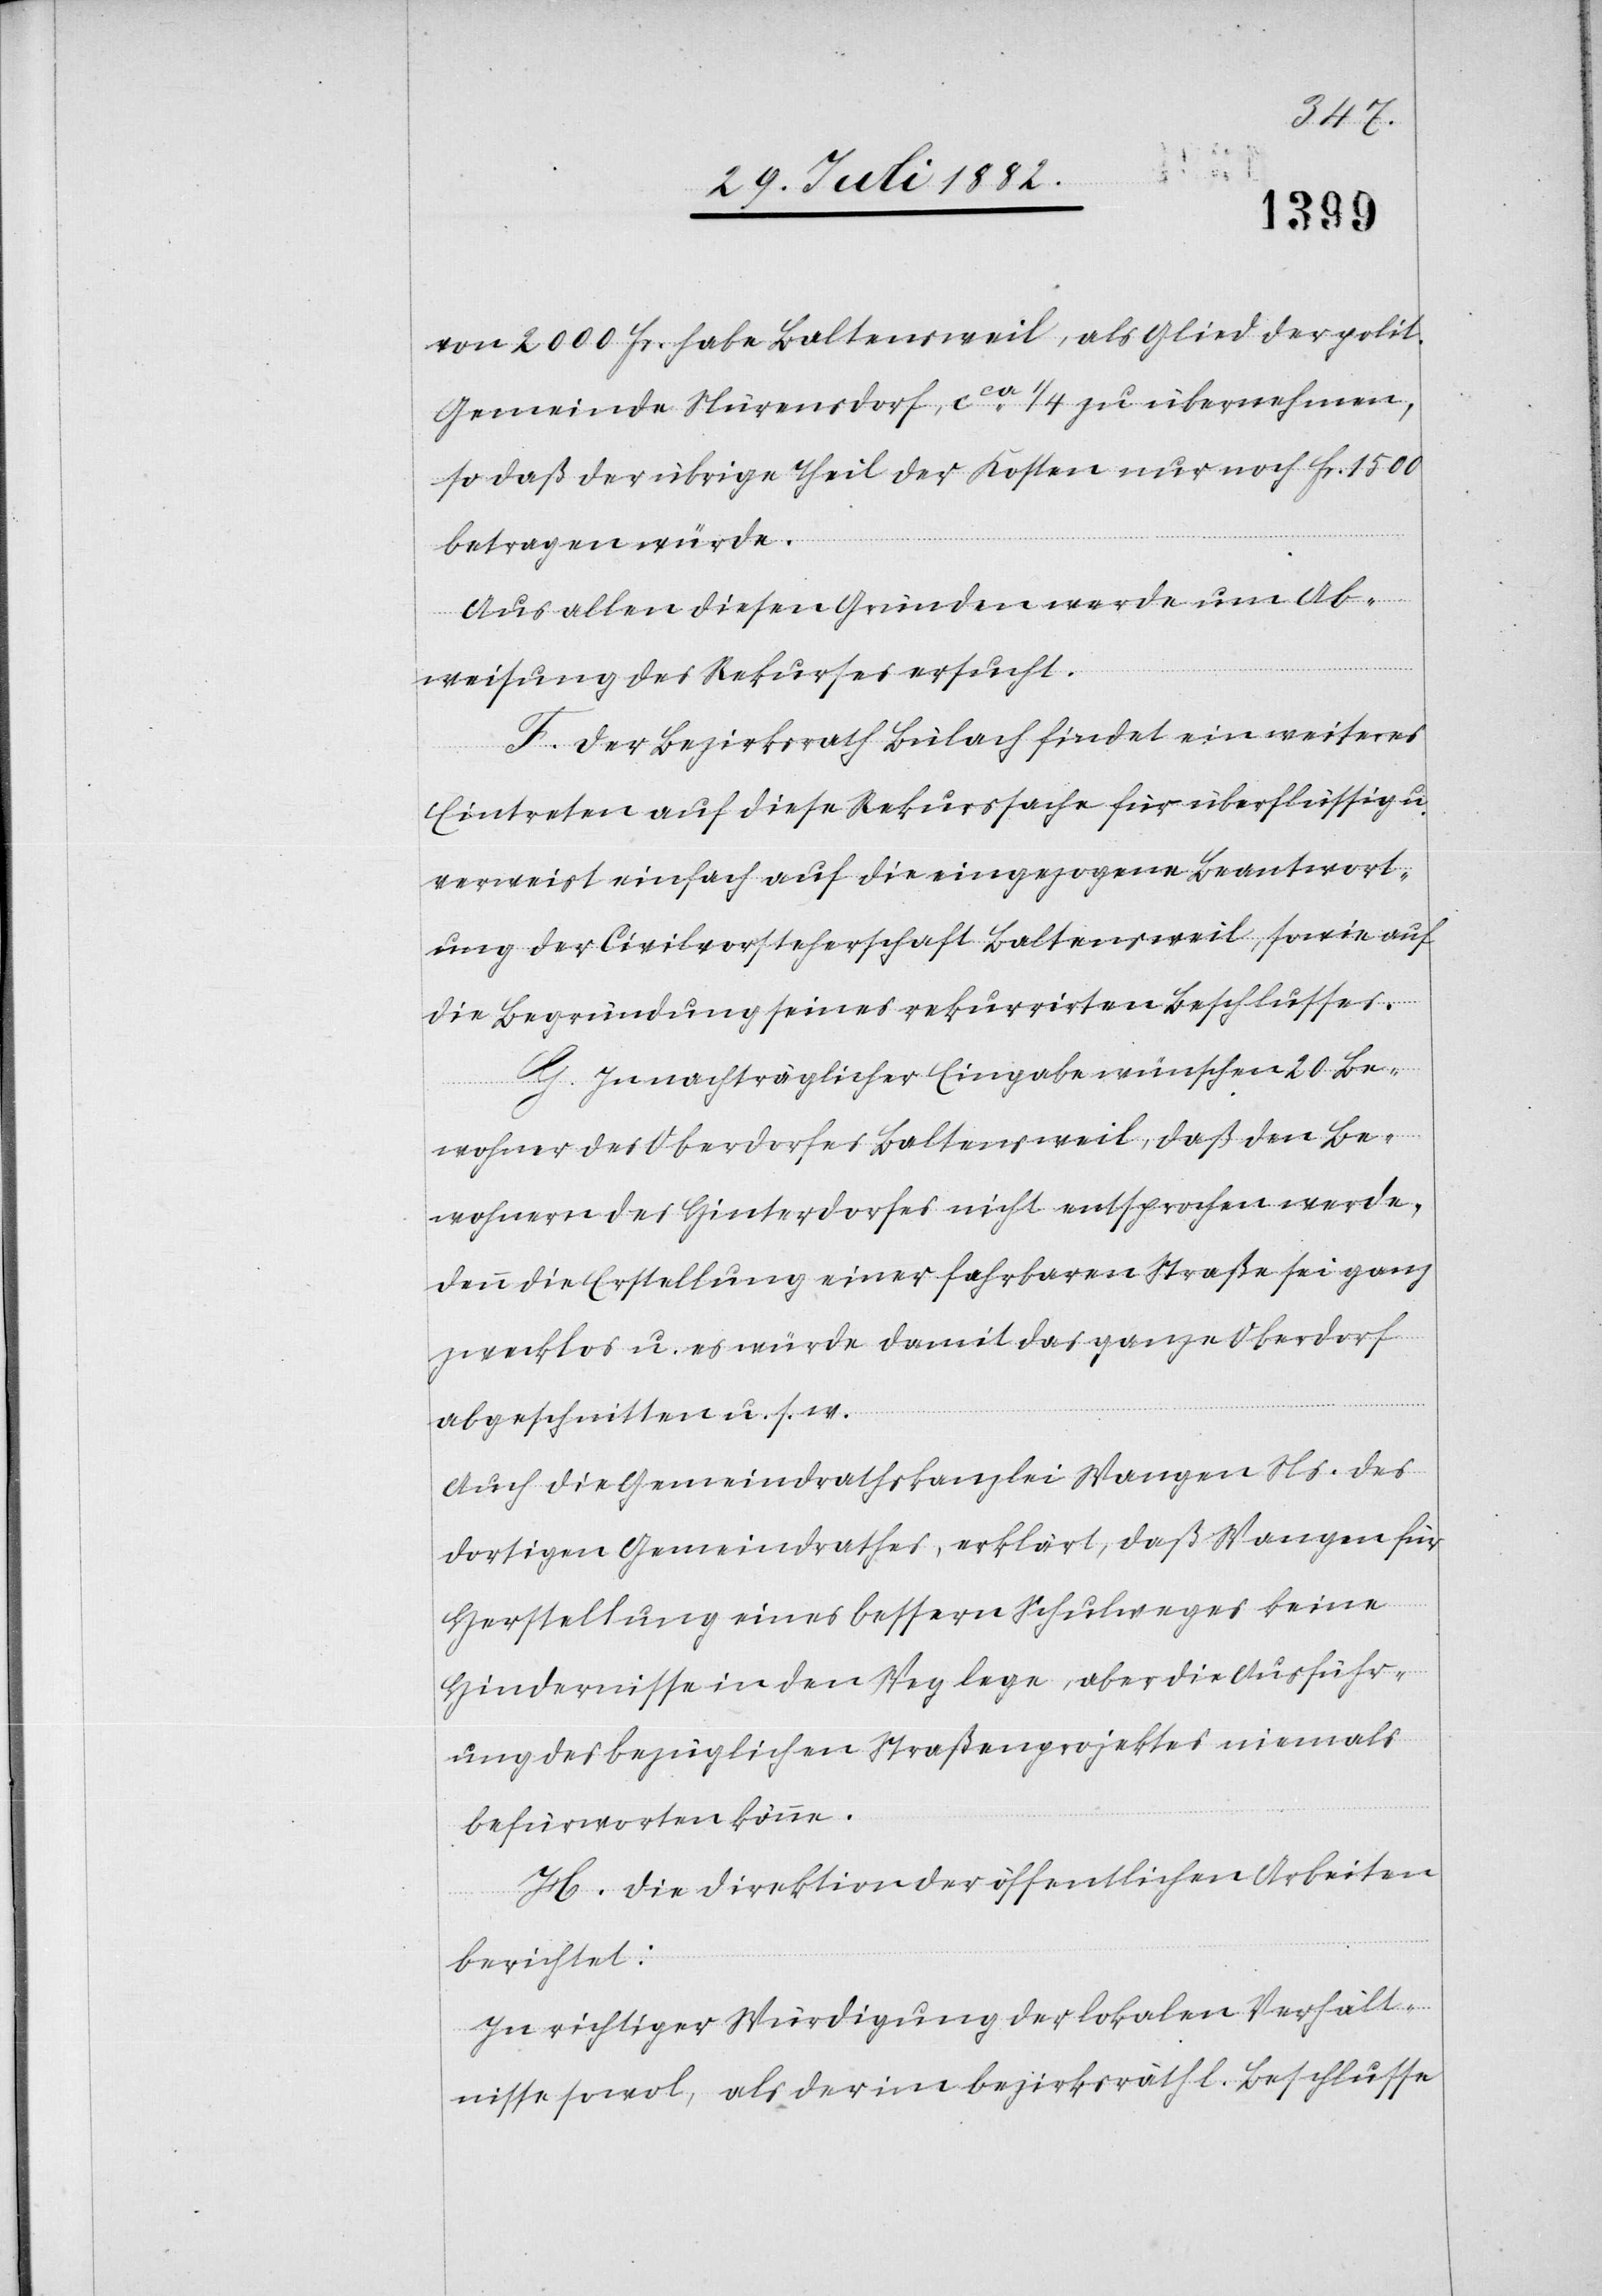
von 2000 Fr. habe Baltensweil, als Glied der polit.
Gemeinde Nüresndorf, ca 1/4 zu übernehmen,
so daß der übrige Theil der Kosten nur noch Fr. 1500
betragen würde.
Aus allen diesen Gründen werde um Ab¬
weisung des Rekurses ersucht.
F. Der Bezirksrath Bülach findet ein weiteres
Eintreten auf diese Rekurssache für überflüssig u.
verweist einfach auf die eingegangene Beantwort¬
ung der Civilvorsteherschaft Baltensweil, sowie auf
die Begründung seines rekurrirten Beschlusses.
G. In nachträglicher Eingabe wünschen 20 Be¬
wohner des Oberdorfes Baltensweil, daß den Be¬
wohnern des Hinterdorfes nicht entsprochen werde,
denn die Erstellung einer fahrbaren Straße sei ganz
zwecklos u. es würde damit da ganze Oberdorf
abgeschnitten u. s. w.
Auch die Gemeindrathskanzlei Wangen Ns. des
dortigen Gemeindrathes erklärt, daß Wangen für
Herstellung eines bessern Schulweges keine
Hindernisse in den Weg lege, aber die Ausführ¬
ung des bezüglichen Straßenprojektes niemals
befürworten könne.
H. Die Direktion der öffentlichen Arbeiten
berichtet:
In richtiger Würdigung der lokalen Verhält¬
nisse sowol, als der im bezirksräthl. Beschlusse